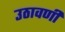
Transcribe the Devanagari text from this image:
उठावणी